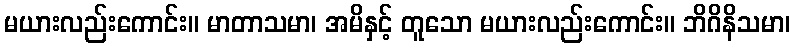
မယားလည်းကောင်း။ မာတာသမာ၊ အမိနှင့် တူသော မယားလည်းကောင်း။ ဘိဂိနိသမာ၊